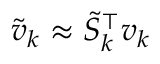
\tilde { v } _ { k } \approx \tilde { S } _ { k } ^ { \top } v _ { k }